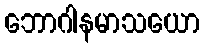
ဘောဂါနမာသယော